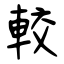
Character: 較